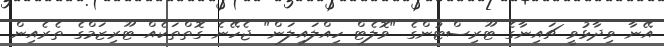
އޭނާ ވިދާޅުވީ ޗައިނާގެ ޓޫރިސްޓުންގެ "ވޮލެޓް ހިއްލައިލަން" ޖެހޭނެ ގޮތްތަކެއް ޓޫރިޒަމްގެ ތެރެއިން